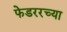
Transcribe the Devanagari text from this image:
फेडररच्या